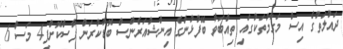
ދައުލަތުގެ އިސް މަގާމުތަކުގައި ތިއްބަވާ ބޭފުޅުންގެ އިންޝުއަރެންސް ބޮޑުކުރަން ފާސްކޮށްފި4 މަސް 6